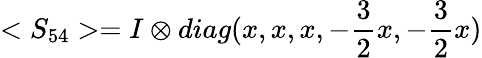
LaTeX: <S_{54}>=I\otimes diag(x,x,x,-{\frac{3}{2}}x,-{\frac{3}{2}}x)